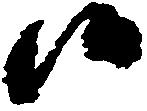
候